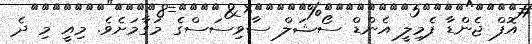
އޮފް ޖެންޑާ ފެމިލީ އެންޑް ސޯޝަލް ސާވިސަސްގެ މަގާމަށެވެ. މިއީ މި ދެ